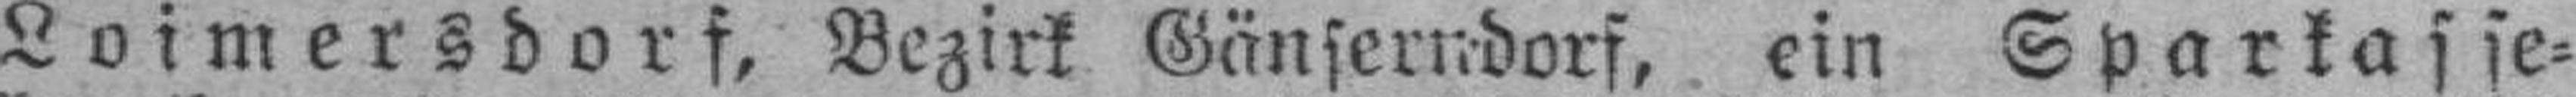
Loimersdorf, Bezirk Gänserndorf, ein Spartasse¬